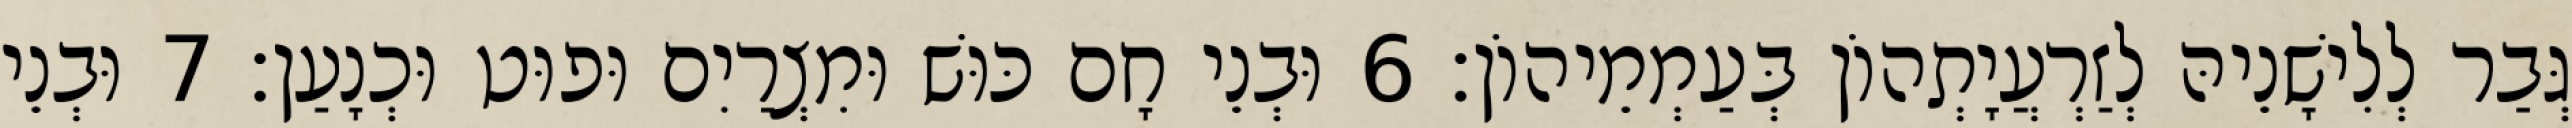
גְּבַר לְלִישָׁנֵיהּ לְזַרְעֲיָתְהוֹן בְּעַמְמֵיהוֹן׃ 6 וּבְנֵי חָם כּוּשׁ וּמִצְרַיִם וּפוּט וּכְנָעַן׃ 7 וּבְנֵי